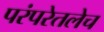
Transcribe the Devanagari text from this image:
परंपरेतलेच